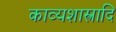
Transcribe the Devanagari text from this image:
काव्यशास्त्रादि